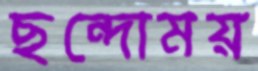
ছন্দোময়